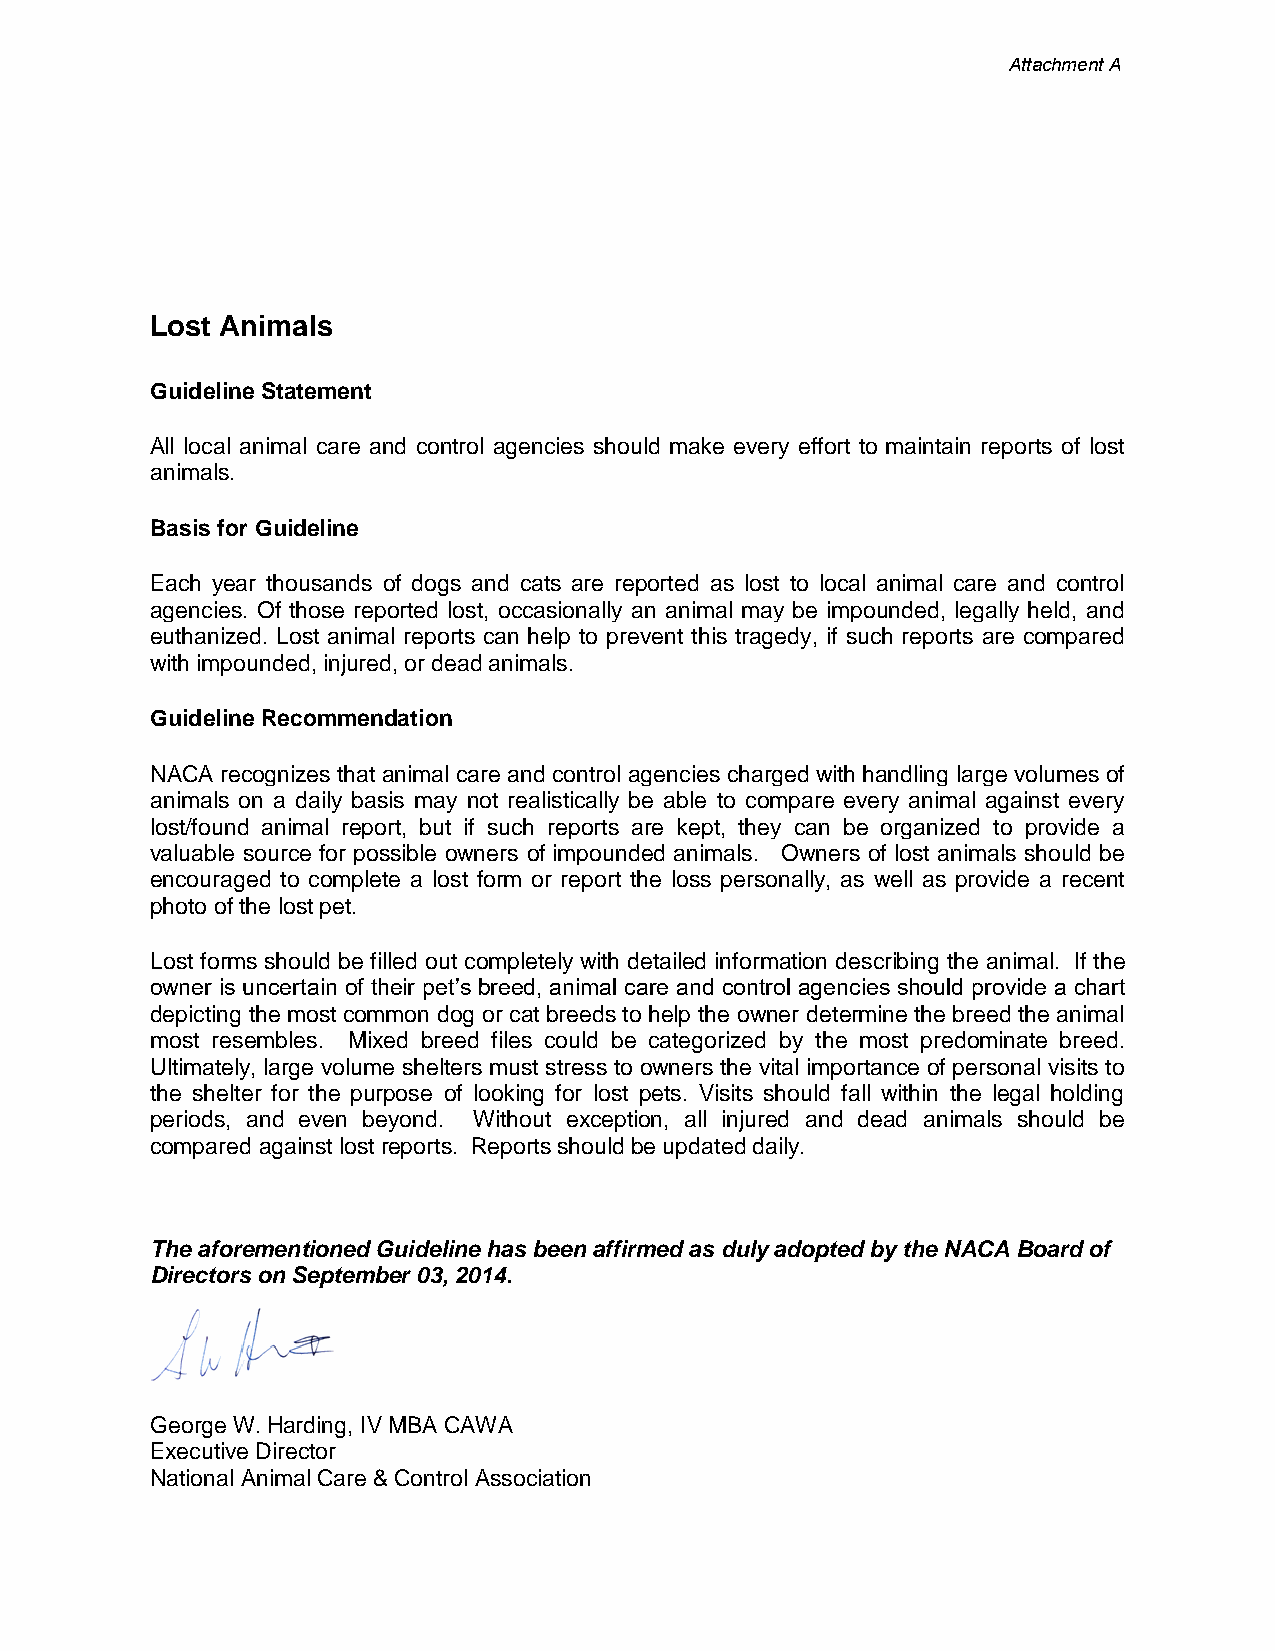
Attachment A
 Lost Animals
 Guideline Statement
 All local animal care and control agencies should make every effort to maintain reports of lost
 animals.
 Basis for Guideline
 Each year thousands of dogs and cats are reported as lost to local animal care and control
 agencies. Of those reported lost, occasionally an animal may be impounded, legally held, and
 euthanized. Lost animal reports can help to prevent this tragedy, if such reports are compared
 with impounded, injured, or dead animals.
 Guideline Recommendation
 NACA recognizes that animal care and control agencies charged with handling large volumes of
 animals on a daily basis may not realistically be able to compare every animal against every
 lost/found animal report, but if such reports are kept, they can be organized to provide a
 valuable source for possible owners of impounded animals. Owners of lost animals should be
 encouraged to complete a lost form or report the loss personally, as well as provide a recent
 photo of the lost pet.
 Lost forms should be filled out completely with detailed information describing the animal. If the
 owner is uncertain of their pet’s breed, animal care and control agencies should provide a chart
 depicting the most common dog or cat breeds to help the owner determine the breed the animal
 most resembles. Mixed breed files could be categorized by the most predominate breed.
 Ultimately, large volume shelters must stress to owners the vital importance of personal visits to
 the shelter for the purpose of looking for lost pets. Visits should fall within the legal holding
 periods, and even beyond. Without exception, all injured and dead animals should be
 compared against lost reports. Reports should be updated daily.
 The aforementioned Guideline has been affirmed as duly adopted by the NACA Board of
 Directors on September 03, 2014.
 George W. Harding, IV MBA CAWA
 Executive Director
 National Animal Care & Control Association